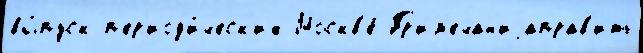
вы́пуск п'ер'иод'и́ческ'их Москв'е́ Пр'им'ечан'иjаправ'ить